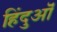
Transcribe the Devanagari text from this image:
हिंदुऒं